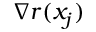
\nabla r ( x _ { j } )